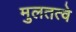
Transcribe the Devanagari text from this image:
मुलतत्वे